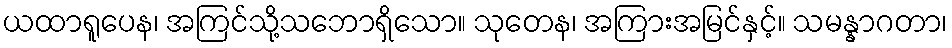
ယထာရူပေန၊ အကြင်သို့သဘောရှိသော။ သုတေန၊ အကြားအမြင်နှင့်။ သမန္နာဂတာ၊